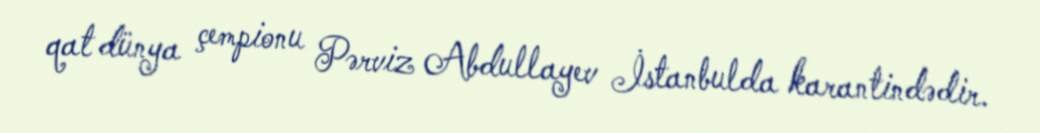
qat dünya çempionu Pərviz Abdullayev İstanbulda karantindədir.